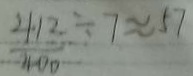
\frac { 4 1 2 } { 4 0 0 } \div 7 \approx 5 7